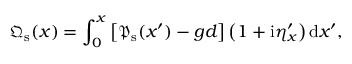
{ \mathfrak { Q } } _ { \mathrm { s } } ( x ) = \int _ { 0 } ^ { x } \left[ \/ { \mathfrak { P } } _ { \mathrm { s } } ( x ^ { \prime } ) - g d \/ \right] \left( 1 + \mathrm { i } \eta _ { x } ^ { \prime } \right) \mathrm { d } x ^ { \prime } ,